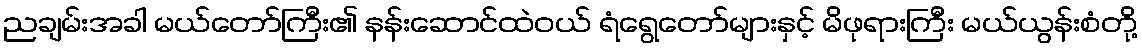
ညချမ်းအခါ မယ်တော်ကြီး၏ နန်းဆောင်ထဲဝယ် ရံရွေတော်များနှင့် မိဖုရားကြီး မယ်ယွန်းစံတို့